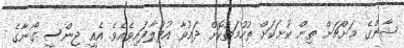
ޝާންގެ މަށްޗަށް ތިން ކުށަކަށް ތުހުމަތުކޮށް ދައުވާ އުފުލާފައިވެއެވެ. އެއީ ޖިންސީ ގޯނާގެ